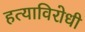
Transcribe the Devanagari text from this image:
हत्याविरोधी